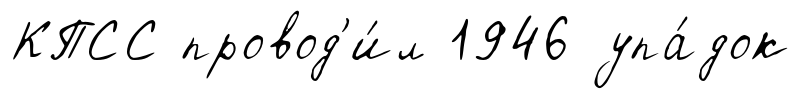
КПСС провод'и́л 1946 упа́док